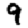
Digit: 9